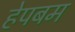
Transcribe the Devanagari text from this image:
हेपबम